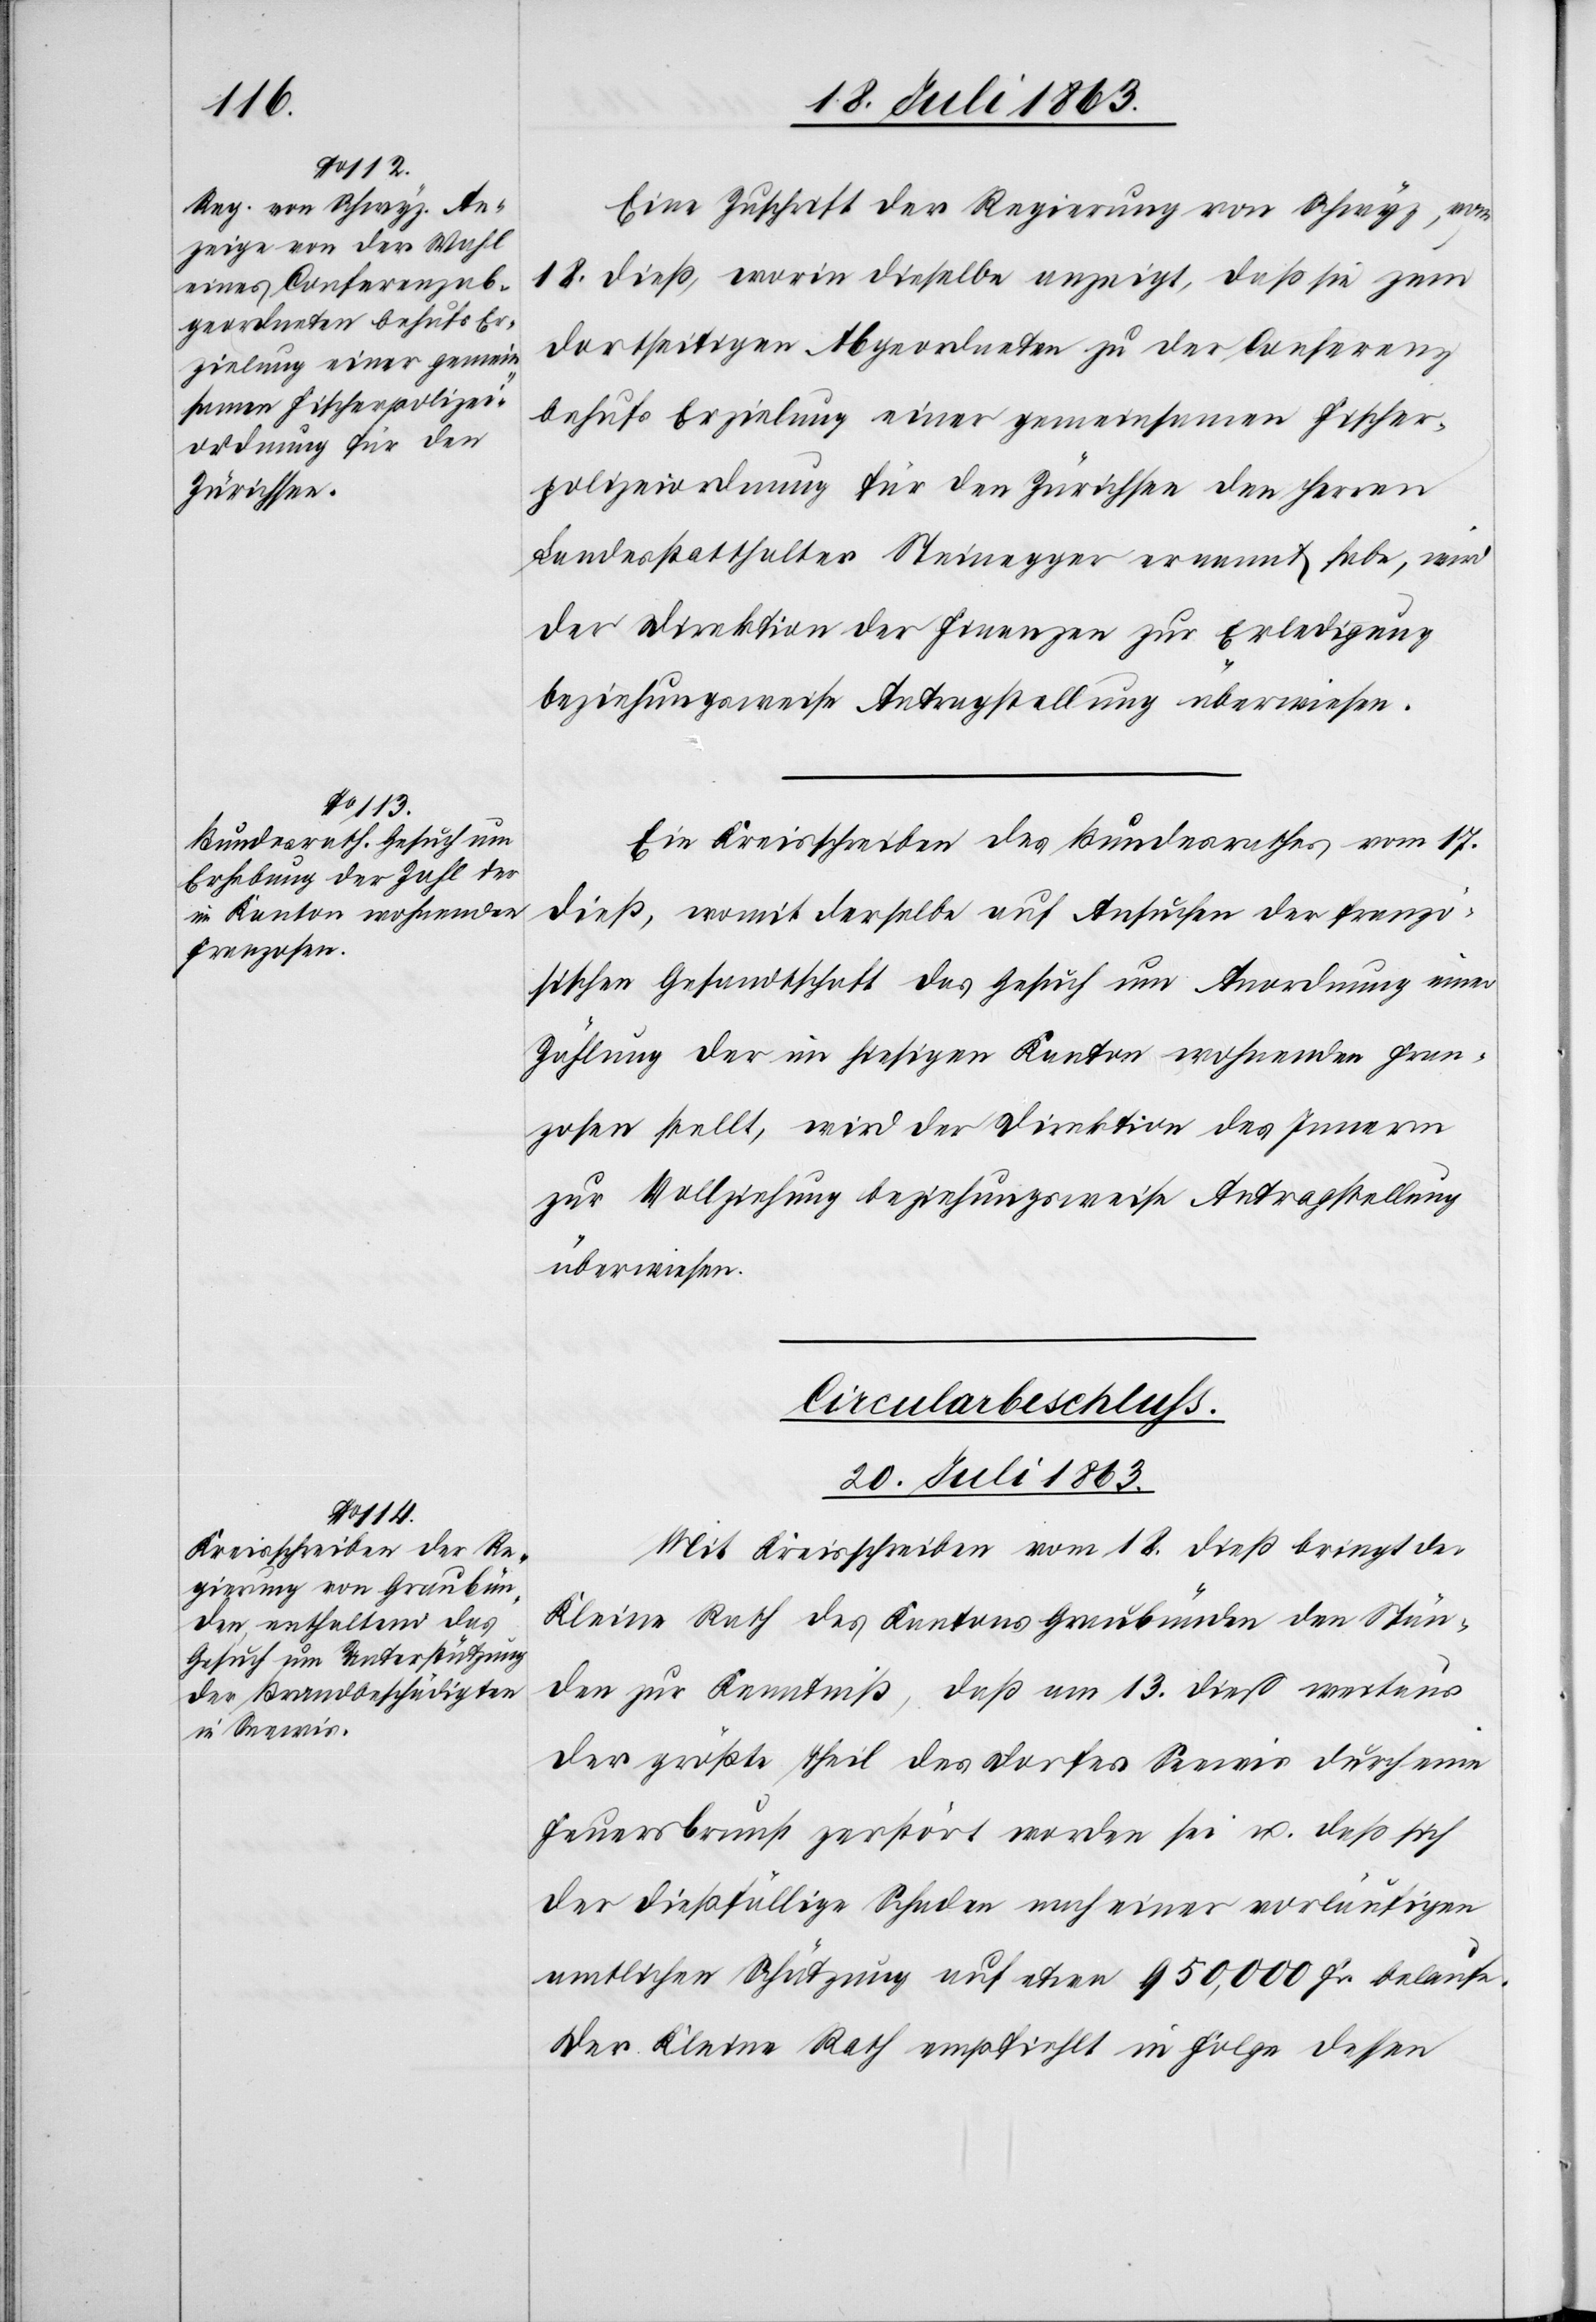
Eine Zuschrift der Regierung von Schwyz, vom
18. dieß, worin dieselbe anzeigt, daß sie zum
dortseitigen Abgeordneten zu der Conferenz
behufs Erzielung einer gemeinsamen Fischer¬
polizeiordnung für den Zürichsee den Herren
Landesstatthalter Steinegger ernannt habe, wird
der Direktion der Finanzen zur Erledigung
beziehungsweise Antragstellung überwiesen.
Ein Kreisschreiben des Bundesrathes vom 17.
dieß, womit derselbe auf Ansuchen der franzö¬
sischen Gesandtschaft das Gesuch um Anordnung einer
Zählung der im hiesigen Kanton wohnenden Fran¬
zosen stellt, wird der Direktion des Innern
zur Vollziehung beziehungsweise Antragstellung
überwiesen.
Circularbeschluß.
20. Juli 1863.
Mit Kreisschreiben vom 18. dieß bringt der
Kleine Rath des Kantons Graubünden den Stän¬
den zur Kenntniß, daß am 13. dieß weitaus
der größte Theil des Dorfes Seewis durch eine
Feuersbrunst zerstört worden sei u. daß sich
der dießfällige Schaden nach einer vorläufigen
amtlichen Schätzung auf etwa 950,000 Fr. belaufe.
Der Kleine Rath empfiehlt in Folge dessen